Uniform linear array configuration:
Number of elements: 8
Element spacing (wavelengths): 0.25
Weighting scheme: uniform
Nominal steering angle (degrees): -15
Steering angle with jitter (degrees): -13.465
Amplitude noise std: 0.05
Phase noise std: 0.05

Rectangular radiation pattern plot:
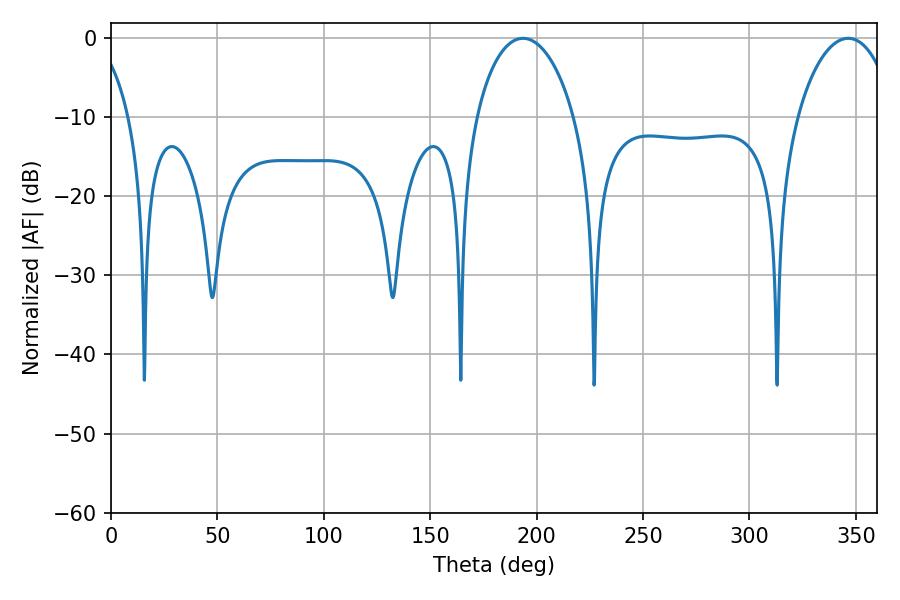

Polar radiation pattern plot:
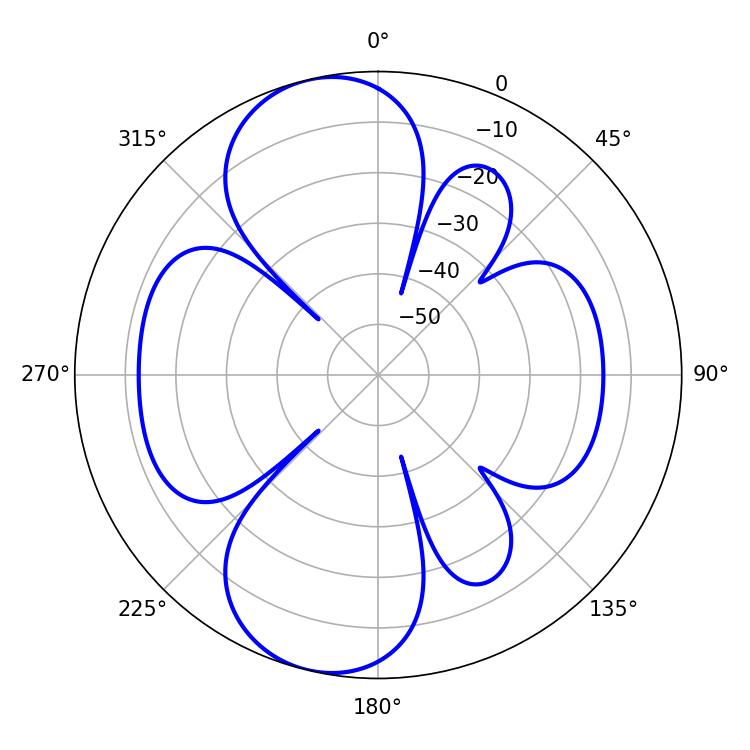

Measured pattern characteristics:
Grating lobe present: FALSE
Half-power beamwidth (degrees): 26.46
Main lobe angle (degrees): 193.5